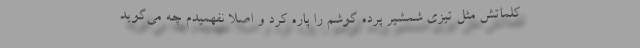
کلماتش مثل تیزی شمشیر پرده گوشم را پاره کرد و اصلاً نفهمیدم چه می‌گوید